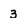
Character: 3